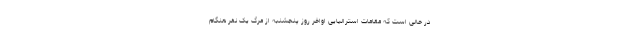
در حالی است که مقامات استرالیایی اواخر روز پنجشنبه از مرگ یک نفر هنگام